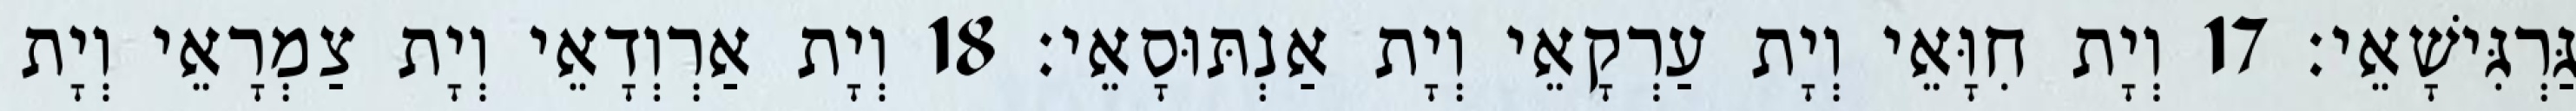
גַּרְגִּישָׁאֵי׃ 17 וְיָת חִוָּאֵי וְיָת עַרְקָאֵי וְיָת אַנְתּוּסָאֵי׃ 18 וְיָת אַרְוְדָאֵי וְיָת צַמְרָאֵי וְיָת